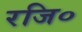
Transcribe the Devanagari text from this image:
रजि०